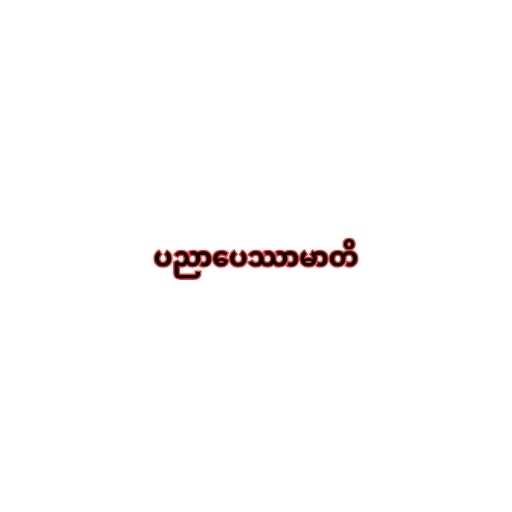
ပညာပေဿာမာတိ